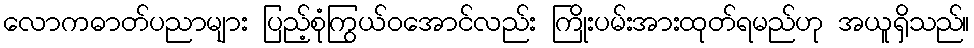
လောကဓာတ်ပညာများ ပြည့်စုံကြွယ်ဝအောင်လည်း ကြိုးပမ်းအားထုတ်ရမည်ဟု အယူရှိသည်။